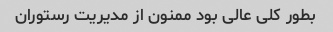
بطور کلی عالی بود ممنون از مدیریت رستوران